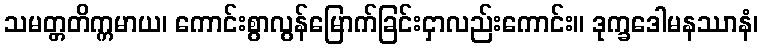
သမတ္တတိက္ကမာယ၊ ကောင်းစွာလွန်မြောက်ခြင်းငှာလည်းကောင်း။ ဒုက္ခဒေါမနဿာနံ၊